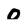
Character: 0